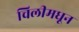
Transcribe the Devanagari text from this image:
चिलीमधून